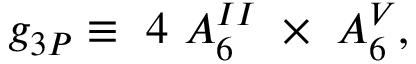
g _ { 3 \cal P } \equiv \ 4 \ A _ { 6 } ^ { I I } \ \times \ A _ { 6 } ^ { V } ,